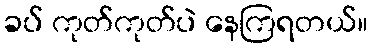
ခပ် ကုတ်ကုတ်ပဲ နေကြရတယ်။